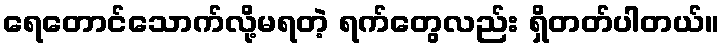
ရေတောင်သောက်လို့မရတဲ့ ရက်တွေလည်း ရှိတတ်ပါတယ်။